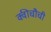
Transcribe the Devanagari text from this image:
क्वीचौची